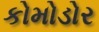
કોમોડોર